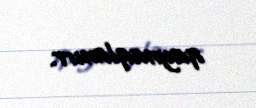
qaynaqlanırr.